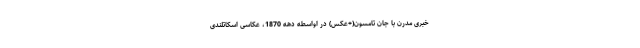
خبری مدرن با جان تامسون(+عکس) در اواسطه دهه 1870، عکاسی اسکاتلندی